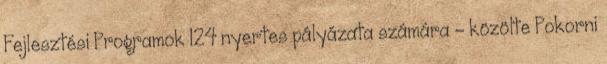
Fejlesztési Programok 124 nyertes pályázata számára - közölte Pokorni